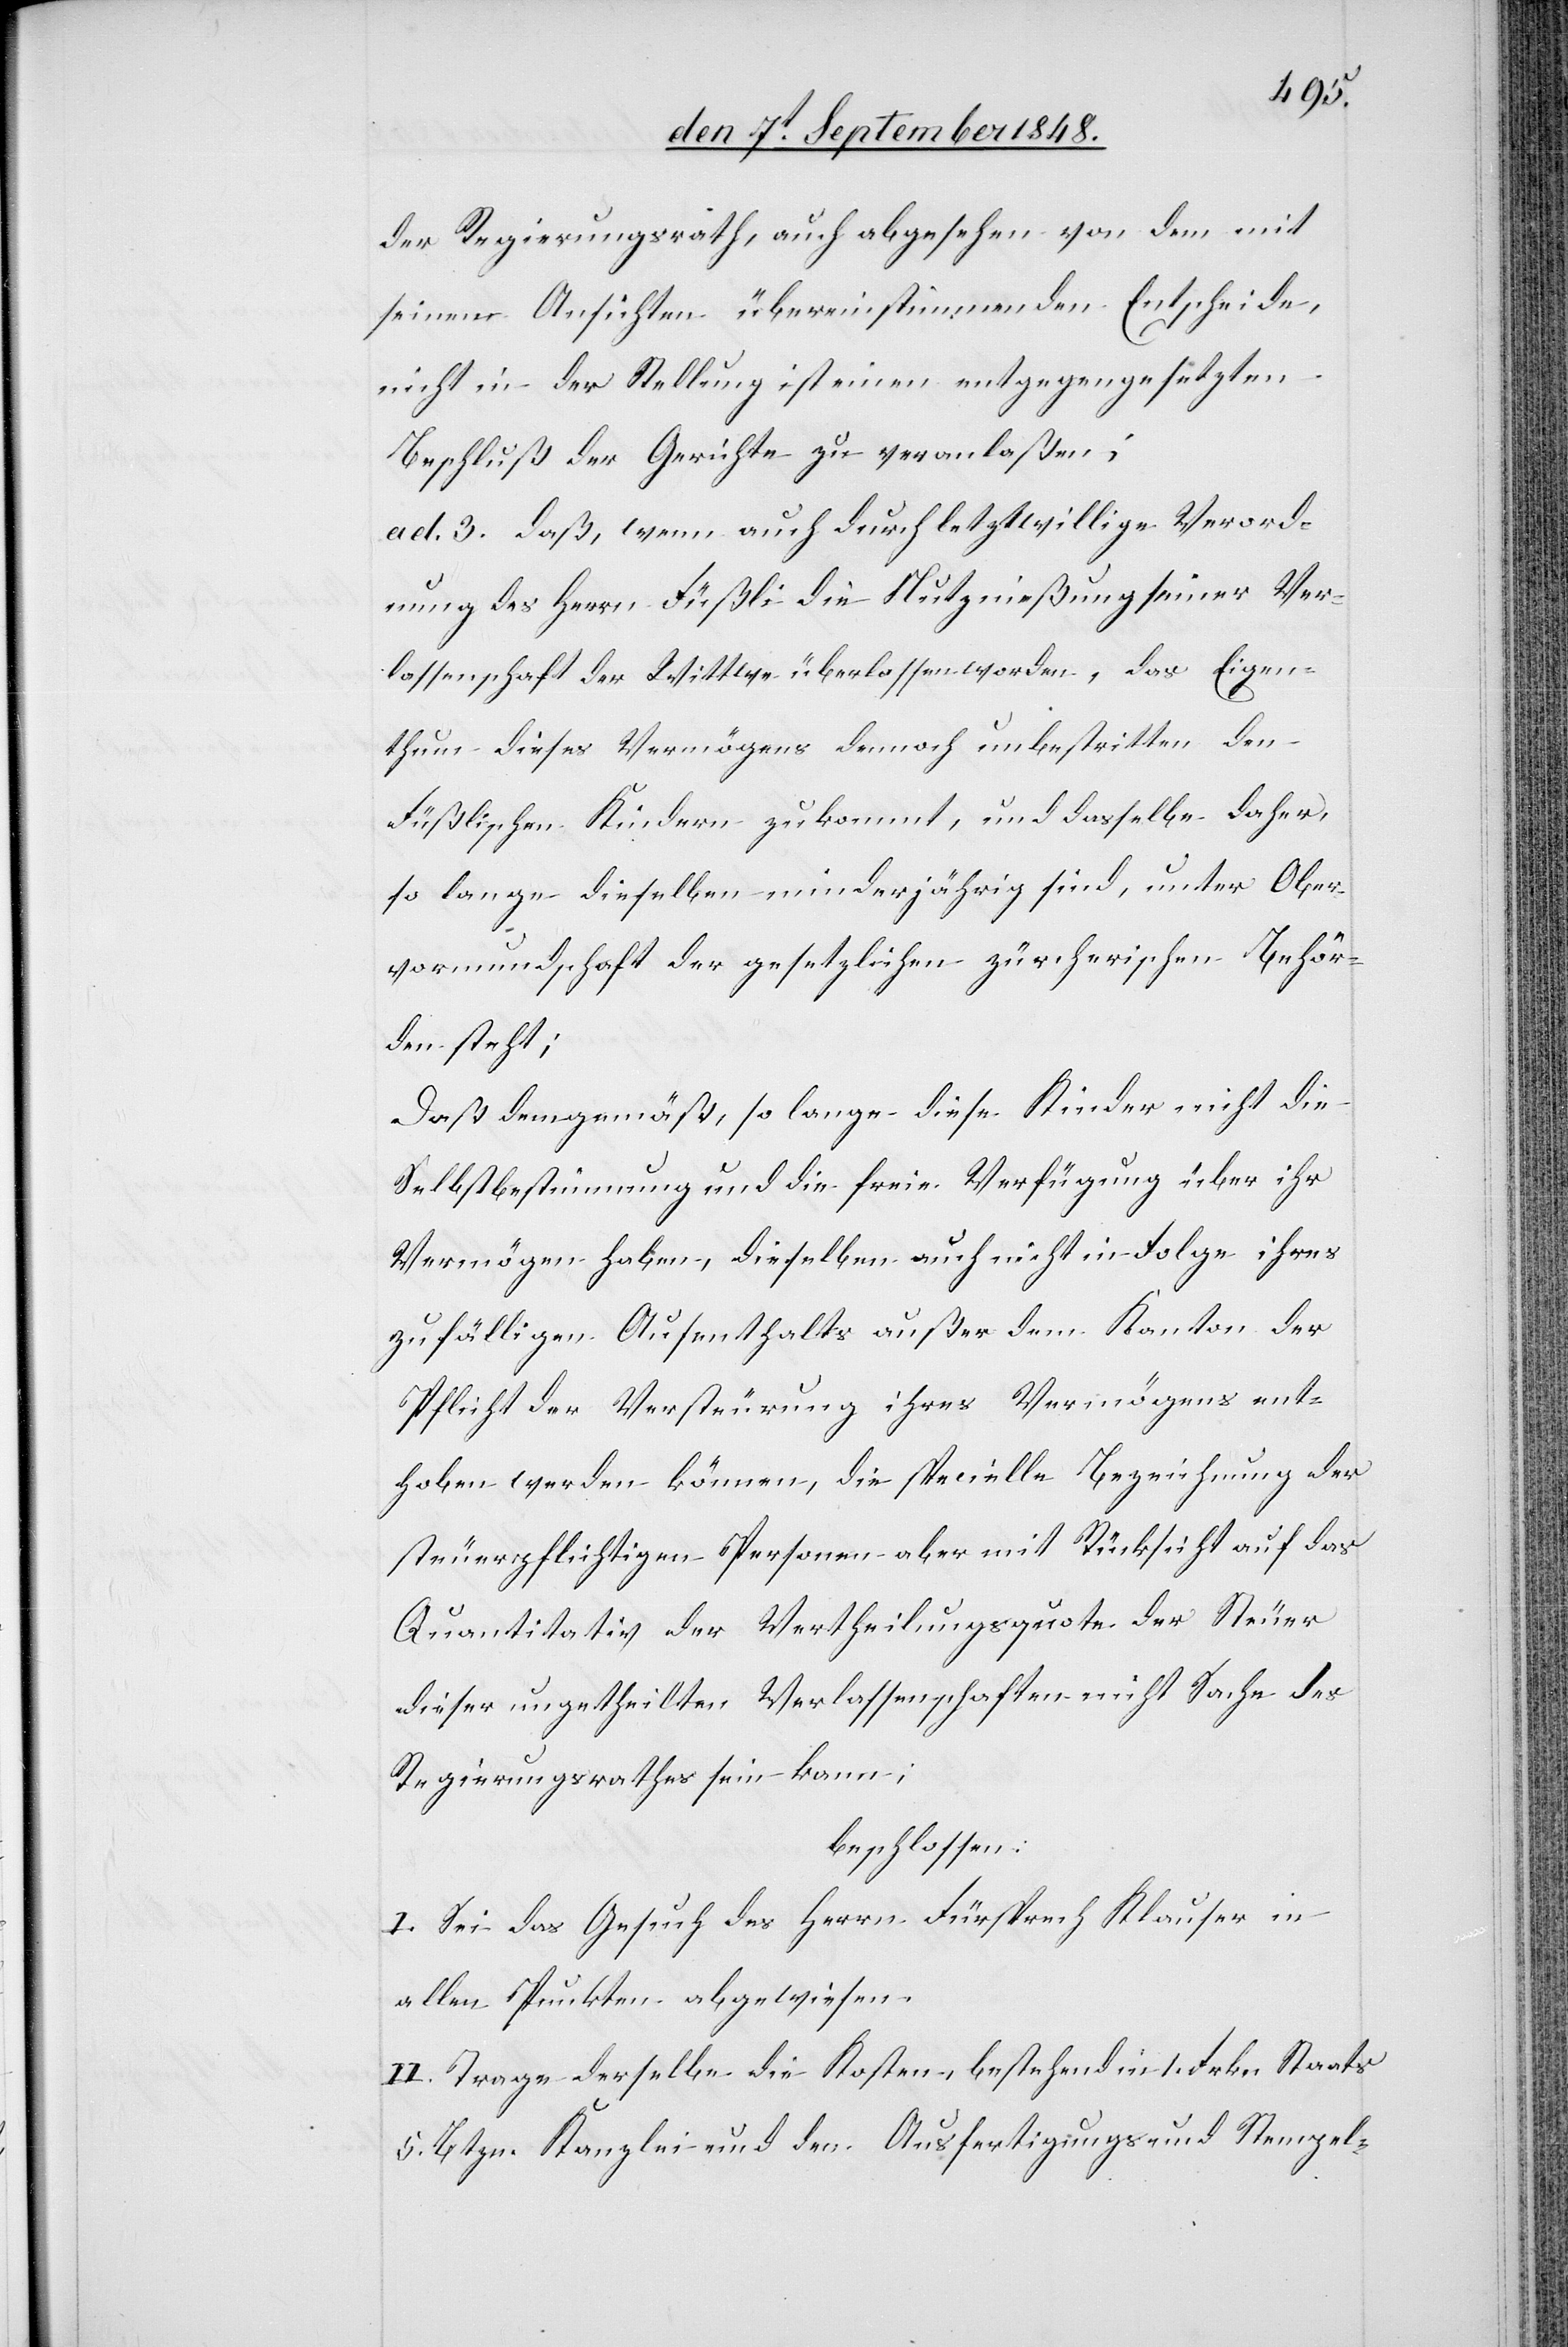
der Regierungsrath, auch abgesehen von dem mit
seinen Ansichten übereinstimmenden Entscheide,
nicht in der Stellung ist einen entgegengesetzten
Beschluß der Gerichte zu veranlaßen;
ad. 3. daß, wenn auch durch letztwillige Verord¬
nung des Herrn Füßli die Nutznießung seiner Ver¬
lassenschaft der Witte überlassen worden, das Eigen¬
thum dieses Vermögens dennoch unbestritten den
Füßlischen Kindern zukommt, und dasselbe daher,
so lange dieselben minderjährig sind, unter Ober¬
vormundschaft der gesetzlichen zürcherischen Behör¬
den steht;
Daß demgemäß, so lange diese Kinder nicht die
Selbstbestimmung und die freie Verfügung über ihr
Vermögen haben, dieselben auch nicht in Folge ihres
zufälligen Aufenthalts außer dem Kanton der
Pflicht der Versteurung ihres Vermögens ent¬
hoben werden können, die specielle Bezeichnung der
steuerpflichtigen Personen aber mit Rücksicht auf das
Quantitativ der Vertheilungsquote der Steuer
dieser ungetheilten Verlassenschaften nicht Sache des
Regierungsrathes sein kann;
beschlossen:
I. Sei das Gesuch des Herrn Fürsprech Klauser in
allen Punkten abgewiesen.
II. Trage derselbe die Kosten, bestehend in 1. Fkrn. Staats
5. Btzn. Kanzlei und den Ausfertigungs- und Stempel-